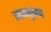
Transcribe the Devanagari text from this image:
राजकुमा